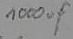
Text: 1000µF